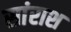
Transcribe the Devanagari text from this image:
सांराश